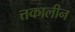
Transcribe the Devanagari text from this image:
त्तकालीन